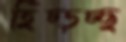
হিঁচ্‌ড়চ্ছ